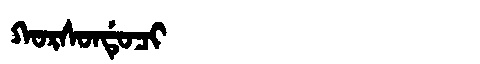
Manchu: ᡴᠣᡵᠰᠣᠨᡩᡠᠴᡳ
Romanization: KORSONDUCI